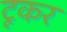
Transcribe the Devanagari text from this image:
टूकर